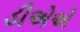
ડીએએ